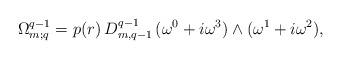
LaTeX: \begin{align*}\Omega^{q-1}_{m;q}=p(r)\,D^{q-1}_{m,q-1}\,(\omega^0+i\omega^3)\wedge(\omega^1+i\omega^2),\end{align*}